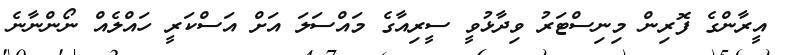
އީރާންގެ ފޮރިން މިނިސްޓަރު ވިދާޅުވީ ސީރިއާގެ މައްސަލަ އަށް އަސްކަރީ ހައްލެއް ނޯންނާނެ